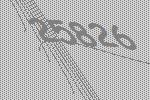
25826